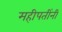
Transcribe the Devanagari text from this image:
महीपतींनी